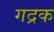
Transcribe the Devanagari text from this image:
गद्रक